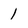
Character: 1